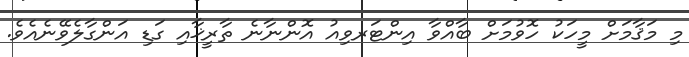
މި މަޤާމަށް މީހަކު ހޮވުމަށް ބާއްވާ އިންޓަރވިއު އޮންނާނެ ތާރީޚާއި ގަޑި އަންގާލެވޭނެއެވެ.